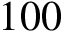
1 0 0